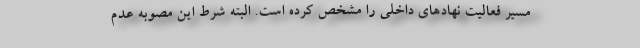
مسیر فعالیت نهادهای داخلی را مشخص کرده است. البته شرط این مصوبه عدم